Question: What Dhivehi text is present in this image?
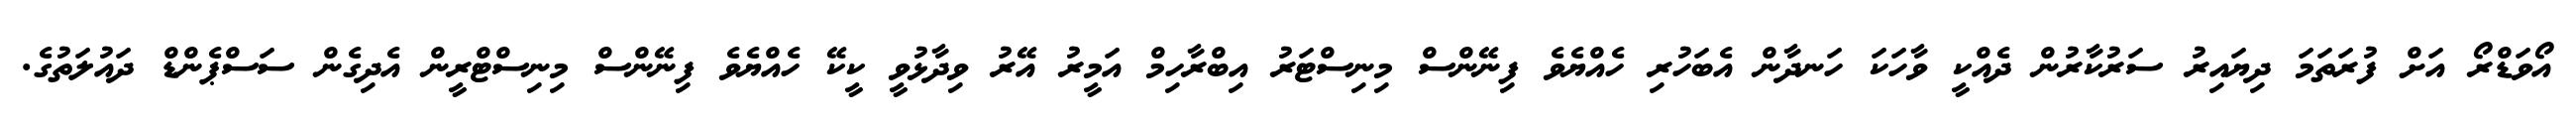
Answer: އޯވަޑްރޯ އަށް ފުރަތަމަ ދިޔައިރު ސަރުކާރުން ދެއްކީ ވާހަކަ ހަނދާން އެބަހުރި ހެއްޔެވެ ފިނޭންސް މިނިސްޓަރު އިބްރާހިމް އަމީރު އޭރު ވިދާޅުވީ ކީކޭ ހެއްޔެވެ ފިނޭންސް މިނިސްޓްރީން އެދިގެން ސަސްޕެންޑް ދައުލަތުގެ.